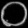
Digit: ၀